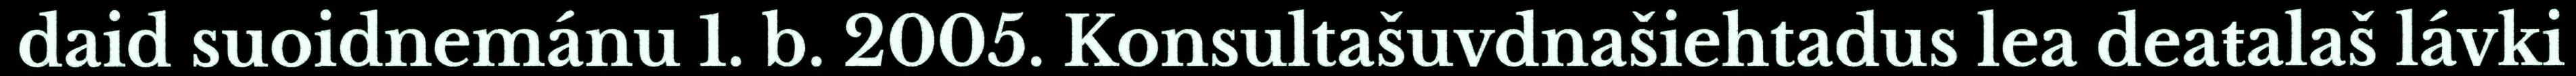
daid suoidnemánu 1. b. 2005. Konsultašuvdnašiehtadus lea deaŧalaš lávki